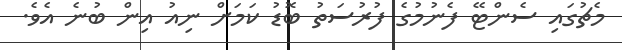
މެޗުގައި ސެންޓޭ ފެނުމުގެ ފުރުސަތު ބޮޑު ކަމަށް ނިއު އިން ބުނެ އެވެ.